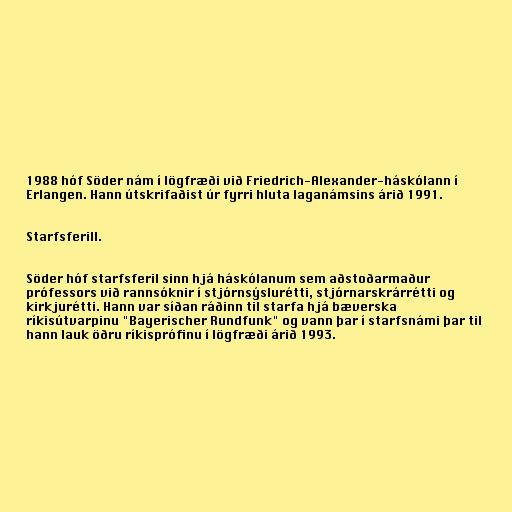
1988 hóf Söder nám í lögfræði við Friedrich-Alexander-háskólann í
Erlangen. Hann útskrifaðist úr fyrri hluta laganámsins árið 1991.

Starfsferill.

Söder hóf starfsferil sinn hjá háskólanum sem aðstoðarmaður
prófessors við rannsóknir í stjórnsýslurétti, stjórnarskrárrétti og
kirkjurétti. Hann var síðan ráðinn til starfa hjá bæverska
ríkisútvarpinu "Bayerischer Rundfunk" og vann þar í starfsnámi þar til
hann lauk öðru ríkisprófinu í lögfræði árið 1993.